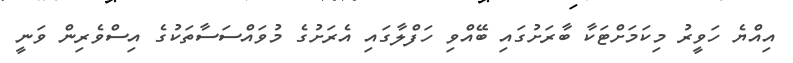
އިއްޔެ ހަވީރު މިކަމަށްޓަކާ ބާރަށުގައި ބޭއްވި ހަފްލާގައި އެރަށުގެ މުވައްސަސާތަކުގެ އިސްވެރިން ވަނީ